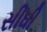
સીઘી